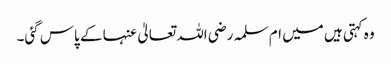
وہ کہتی ہیں میں ام سلمہ رضی اللہ تعالیٰ عنہا کے پاس گئی۔